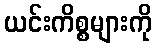
ယင်းကိစ္စများကို